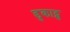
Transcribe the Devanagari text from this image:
डुकाट्स